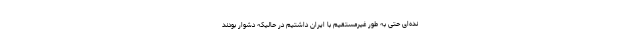
نده‌ای حتی به طور غیرمستقیم با ایران داشتیم در حالیکه دشوار بودند